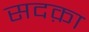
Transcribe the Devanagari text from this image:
सदक़ा